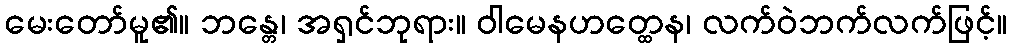
မေးတော်မူ၏။ ဘန္တေ၊ အရှင်ဘုရား။ ဝါမေနဟတ္ထေန၊ လက်ဝဲဘက်လက်ဖြင့်။